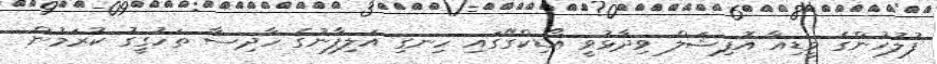
ފުލުހުންގެ މީޑިއާ އޮފިޝަލް ވިދާޅުވީ އޯޑިކްގޭގައި ހިނގި އަލިފާނުގެ ހާދިސާ ތަހުގީގު ކުރަމުން